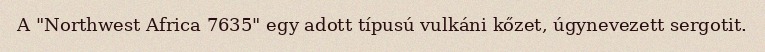
A "Northwest Africa 7635" egy adott típusú vulkáni kőzet, úgynevezett sergotit.